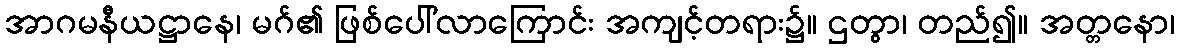
အာဂမနီယဋ္ဌာနေ၊ မဂ်၏ ဖြစ်ပေါ်လာကြောင်း အကျင့်တရား၌။ ဌတွာ၊ တည်၍။ အတ္တနော၊